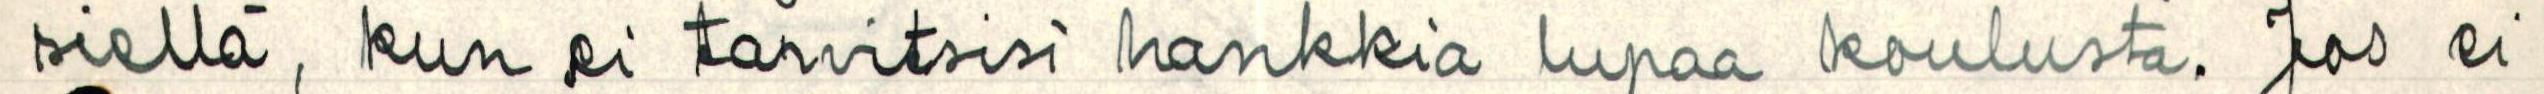
siellä, kun ei tarvitsisi hankkia lupaa koulusta. Jos ei